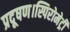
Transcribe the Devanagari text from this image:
प्रदूषण।स्पिरोमेट्री